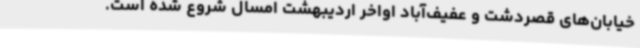
خیابان‌های قصردشت و عفیف‌آباد اواخر اردیبهشت امسال شروع ‌شده است.